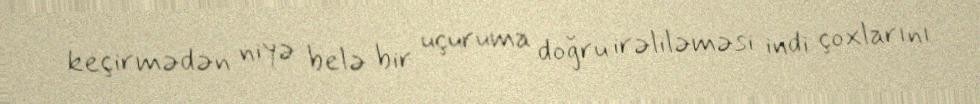
keçirmədən niyə belə bir uçuruma doğru irəliləməsi indi çoxlarını